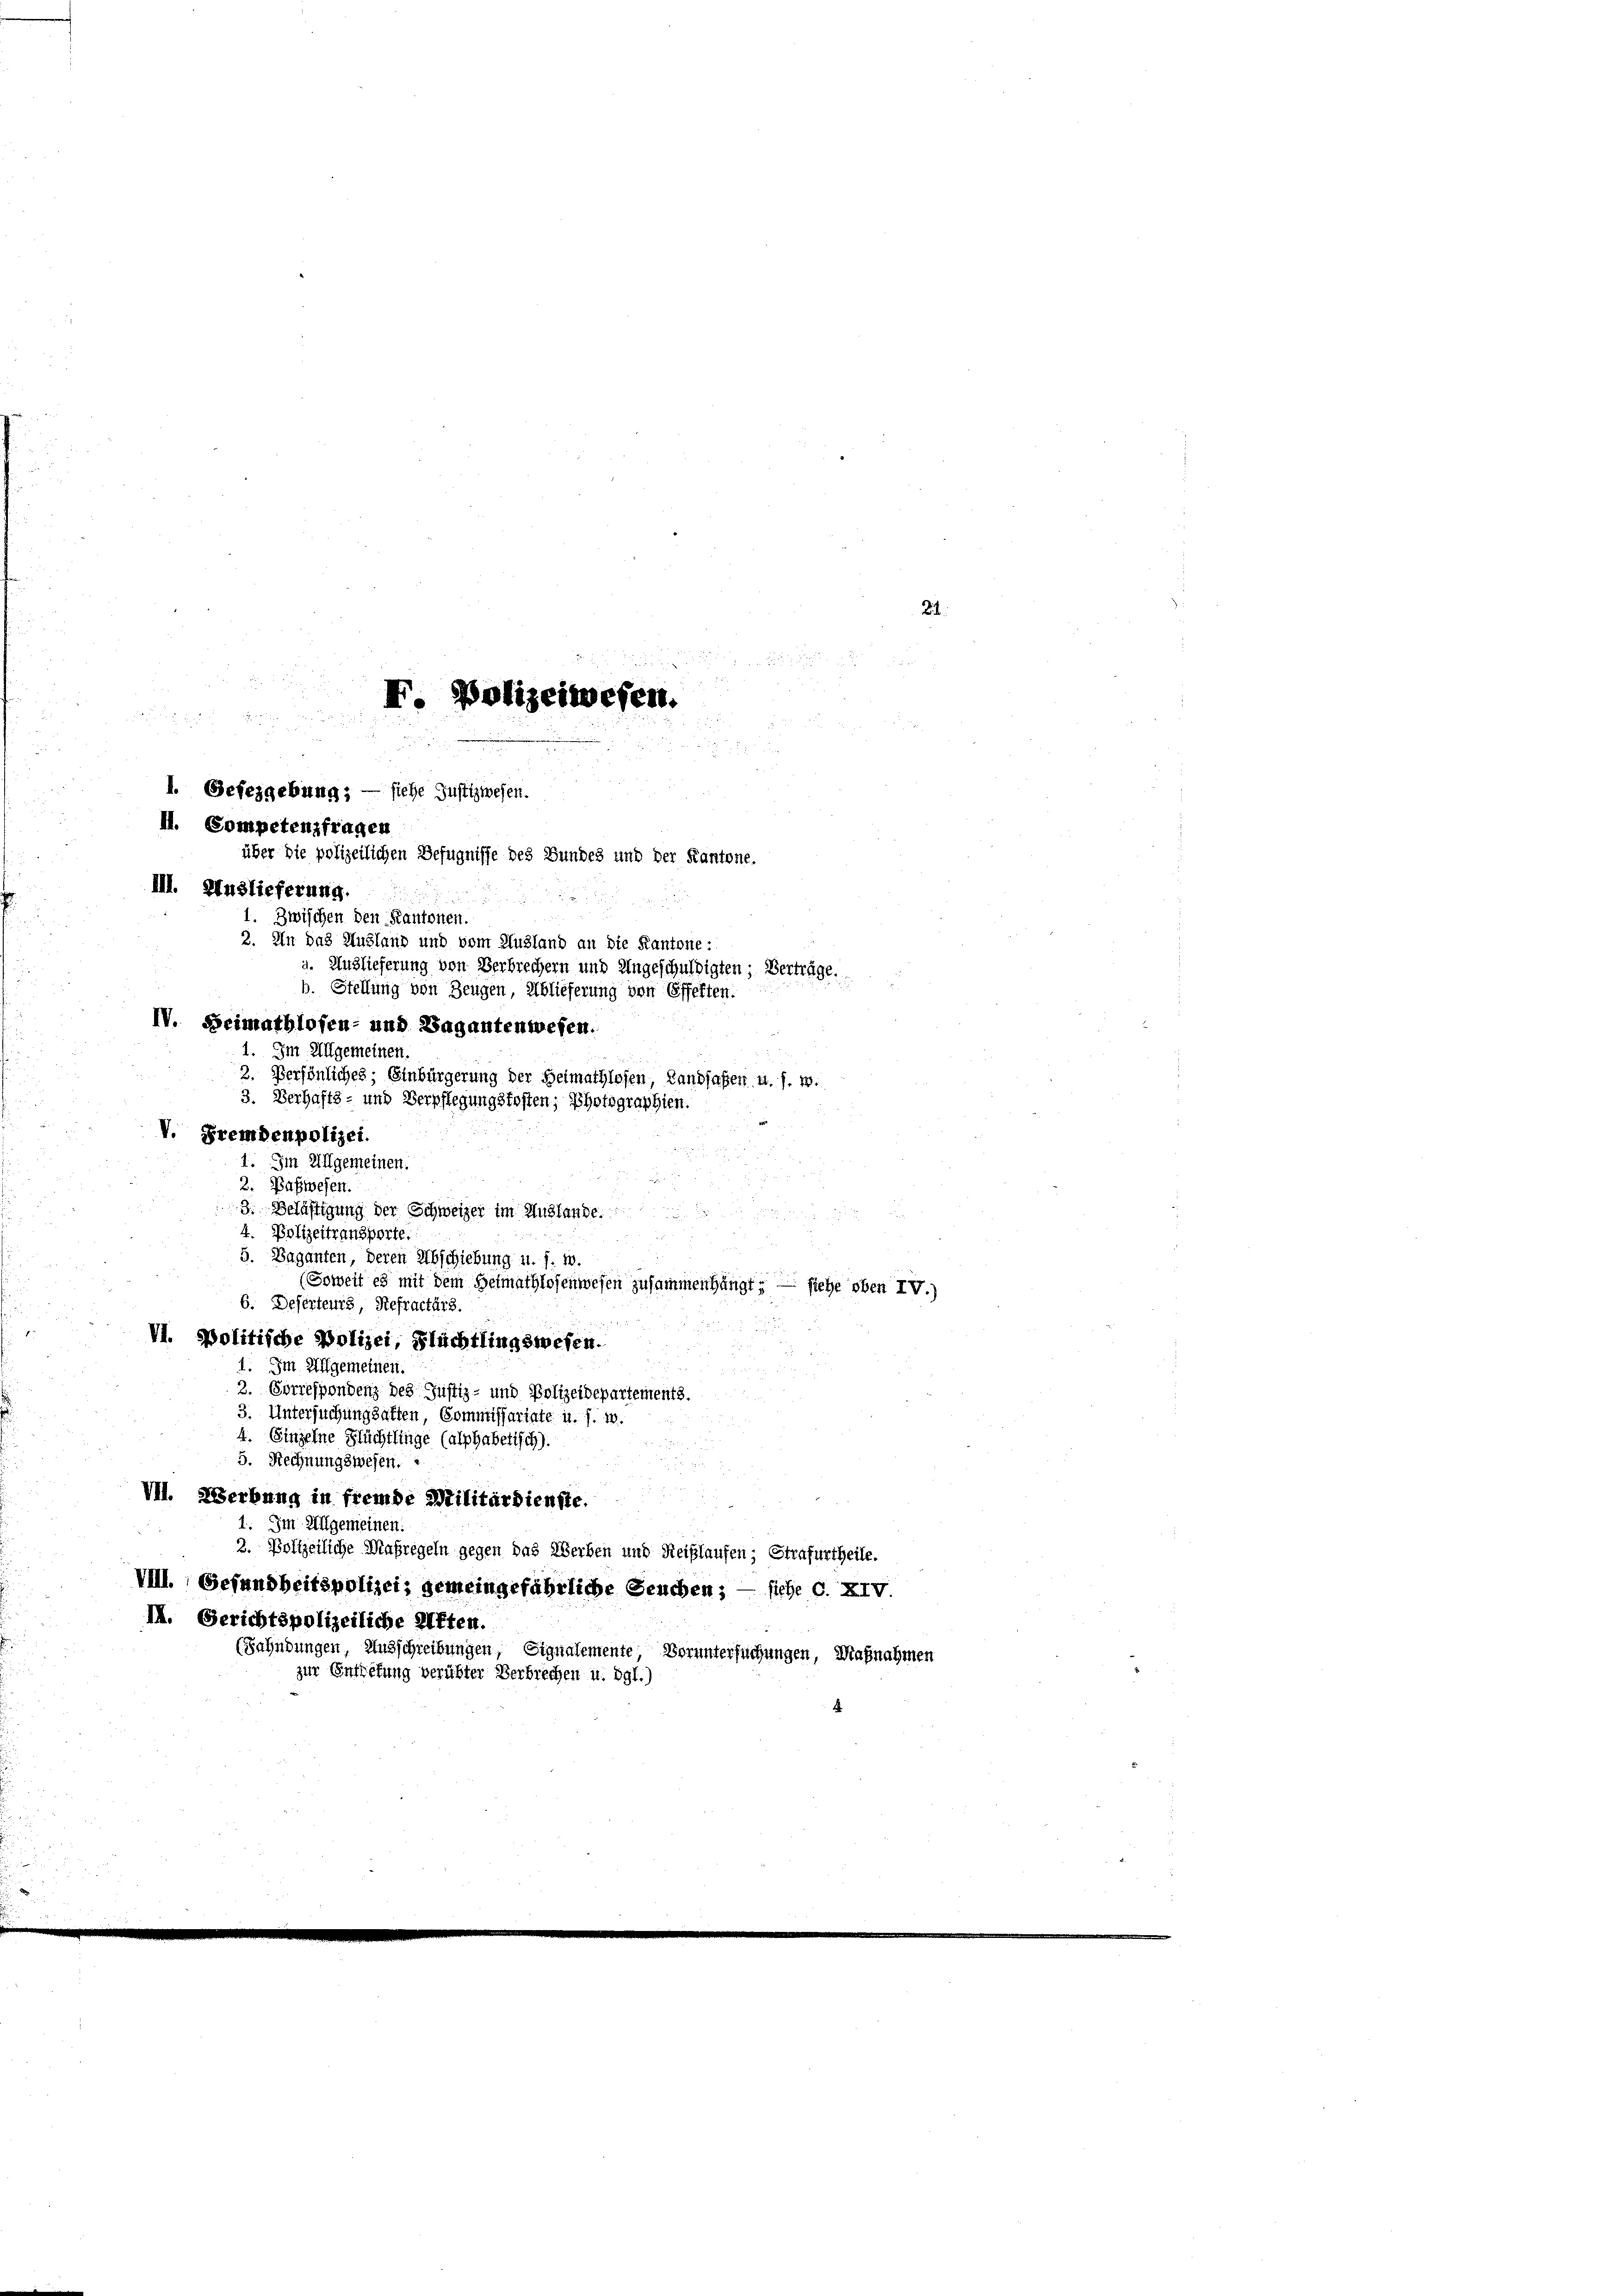
F. Polizeiwesen.

I. Gefezgebung; — siehe Justizwesen.
II. Competenzfragen
über die polizeilichen Befugnisse des Bundes und der Kantone.

1. Im Allgemeinen.

III. Auslieferung.
.
Zwischen den Kantonen.
2. In das Ausland und vom Husland an die Kantone:
a. Auslieferung von Verbrechern und Ungeschuldigten; Verträge.
b. Stellung von Zeugen, Ablieferung von Effekten.
IV. Heimathlosen- und Sagantenwesen.
2. Persönliches, Einbürgerung der Heimathlofen, Landfaßen u. s. w.
3. Verhafts- und Verpflegungskosten; Photographien.
V. Fremdenpolizei.
1. Im Allgemeinen.
2: Baßwesen.
3. Belästigung der Schweizer im Auslande.

4. Polizeitransporte.
5. Baganten, deren Abschiebung u. s. w.
(Soweit es mit dem Heimathlosenwesen zusammenhängt; — siehe oben IV.)
6. Deserteurs, Refractärs.
 . . 18
VI. Politische Polizei, Flüchtlingswesen.
1. Im Allgemeinen.
3. Correspondenz des Justiz- und Polizeidepartements.
3. Untersuchungsatten, Commissariate u. s. w.
4. Einzelne Flüchtlinge (alphabetisch).
5. Rechnungswesen.
VII. Werbung in fremde Militärdienste.
: Im Allgemeinen.
2. Vollzeiliche Maßregeln gegen das Werben und Reislaufen; Strafurtheile.
VIII. Gefandbeitspolizei, gemeingefährliche Seuchen; — siehe d. XIV.
II. Gerichtspolizeiliche Akten.
(Sahndungen, Ausschreibungen, Signalemente Voruntersuchungen, Maßnahmen
zur Entrefung verübter Verbrechen u. dgl.)